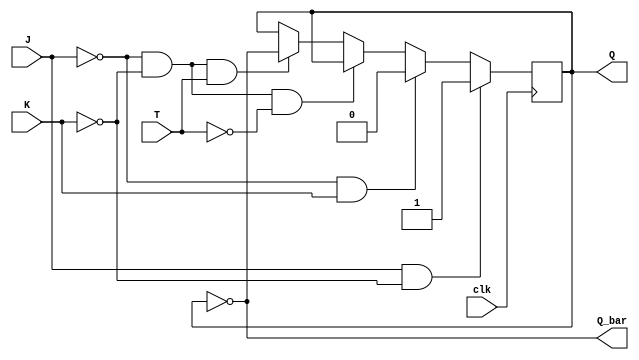
module t_ff_jk (
    input wire clk,
    input wire J,
    input wire K,
    input wire T,
    output reg Q,
    output reg Q_bar
);

always @(posedge clk) begin
    if (J && ~K) begin
        Q <= 1;
    end else if (~J && K) begin
        Q <= 0;
    end else if (~J && ~K && ~T) begin
        // Q remains unchanged
    end else if (~J && ~K && T) begin
        Q <= ~Q;
    end
end

assign Q_bar = ~Q;

endmodule